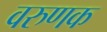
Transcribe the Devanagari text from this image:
वरुणक